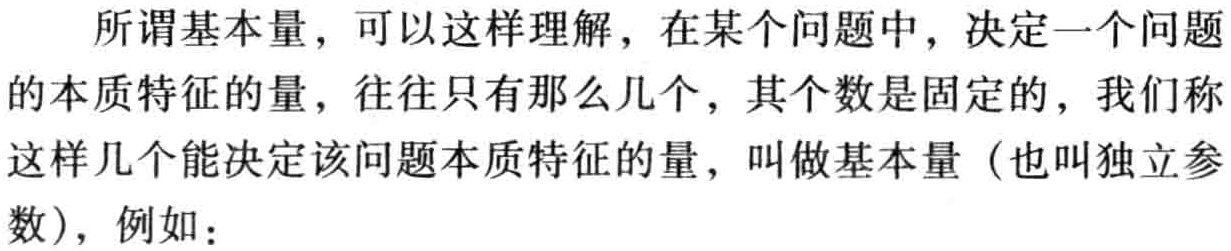
所谓基本量，可以这样理解，在某个问题中，决定一个问题的本质特征的量，往往只有那么几个，其个数是固定的，我们称这样几个能决定该问题本质特征的量，叫做基本量（也叫独立参数），例如：